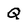
Character: Q